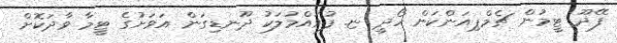
ފޭދޫ ޓީމުން ޗެމްޕިއަންކަން ހޯދީ ޏ. ފުވައްމުލަކު ދޫނޑިގަން އަވަށުގެ ޓީމާ ވާދަކޮށް